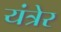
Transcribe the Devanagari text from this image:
यंत्रेर